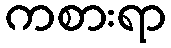
ကစားရာ